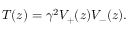
T ( z ) = \gamma ^ { 2 } V _ { + } ( z ) V _ { - } ( z ) .